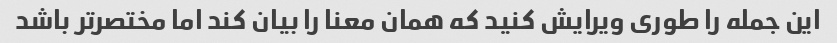
این جمله را طوری ویرایش کنید که همان معنا را بیان کند اما مختصرتر باشد